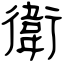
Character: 衛